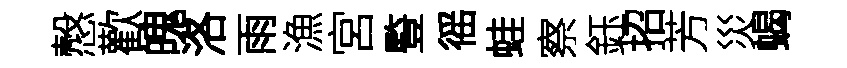
慤歡魄洛雨漁宮䜿徭蛙察鈺招芳災蝎